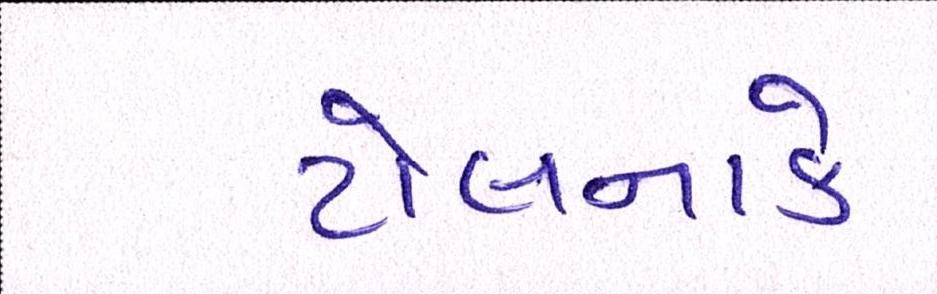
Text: ટોલનાકે